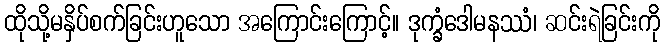
ထိုသို့မနှိပ်စက်ခြင်းဟူသော အကြောင်းကြောင့်။ ဒုက္ခံဒေါမနဿံ၊ ဆင်းရဲခြင်းကို